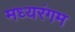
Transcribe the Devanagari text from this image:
मध्यरंगम